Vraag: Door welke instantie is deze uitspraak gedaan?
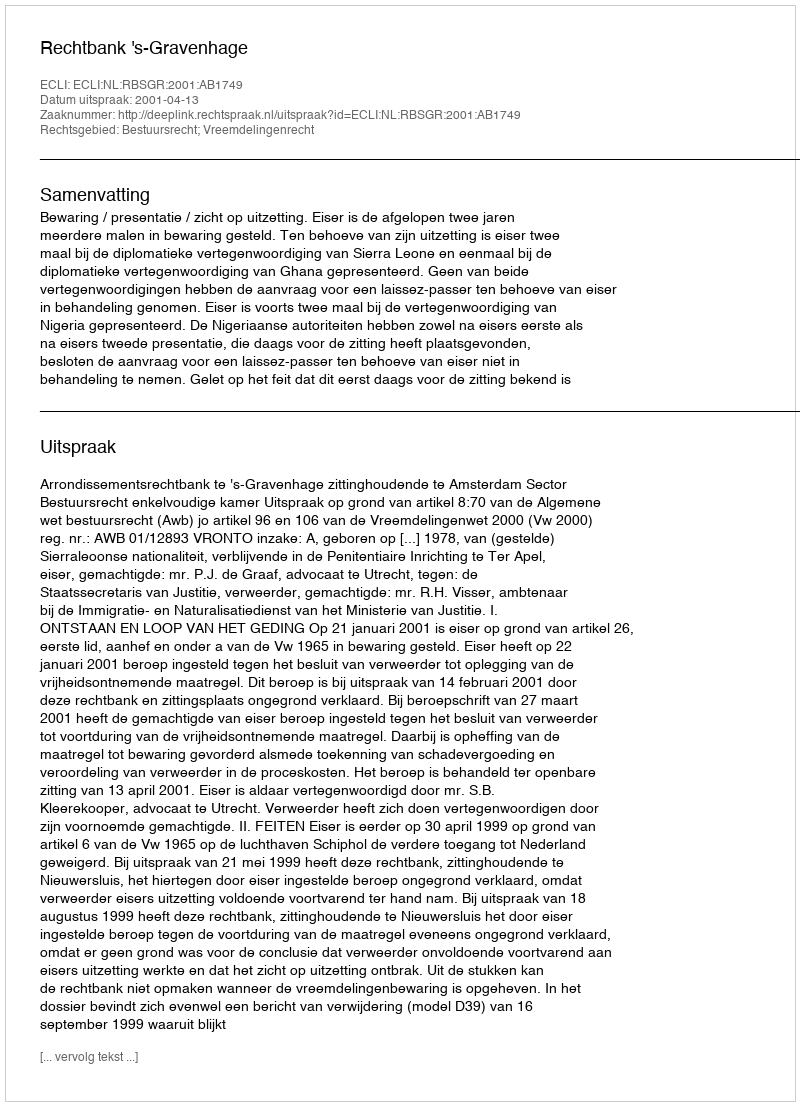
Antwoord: Rechtbank 's-Gravenhage